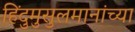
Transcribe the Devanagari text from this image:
हिंदुमुसुलमानांच्या